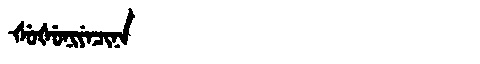
Manchu: ᡧᡠᡧᡠᠨᡳᠶᡝᠴᡳᠨᠠ
Romanization: ŠUŠUNIYECINA